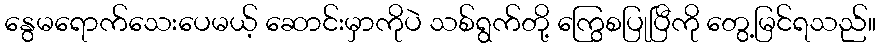
နွေမရောက်သေးပေမယ့် ဆောင်းမှာကိုပဲ သစ်ရွက်တို့ ကြွေစပြုပြီကို တွေ့မြင်ရသည်။